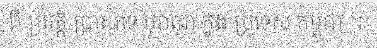
ពី ប្រវត្តិ ប្រាសាទ បុរាណ ក្នុង ប្រទេស កម្ពុជា ។